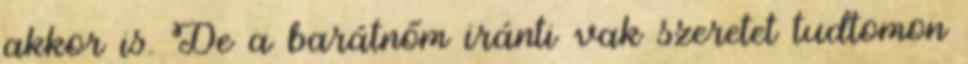
akkor is. De a barátnőm iránti vak szeretet tudtomon